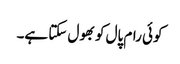
کوئی رام پال کو بھول سکتا ہے۔